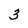
Character: 3